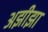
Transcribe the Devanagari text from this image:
अझीझा